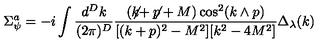
\Sigma _ { \psi } ^ { a } = - i \int \frac { d ^ { D } k } { ( 2 \pi ) ^ { D } } \frac { ( \not \! \! k + \not \! \! p + M ) \cos ^ { 2 } ( k \wedge p ) } { [ ( k + p ) ^ { 2 } - M ^ { 2 } ] [ k ^ { 2 } - 4 M ^ { 2 } ] } \Delta _ { \lambda } ( k )